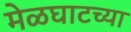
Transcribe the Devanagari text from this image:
मेळघाटच्या